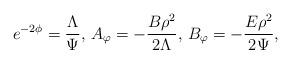
LaTeX: \begin{align*}e^{-2\phi} = \frac{\Lambda}{\Psi},\, A_\varphi =-\frac{B\rho^2}{2\Lambda},\,B_\varphi = -\frac{E\rho^2}{2\Psi},\end{align*}